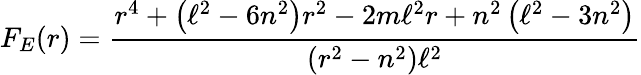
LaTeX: F_{E}(r)=\frac{r^{4}+\left(\ell^{2}-6n^{2}\right)r^{2}-2m\ell^{2}r+n^{2}\left(\ell^{2}-3n^{2}\right)}{(r^{2}-n^{2})\ell^{2}}